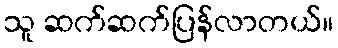
သူ ဆက်ဆက်ပြန်လာတယ်။